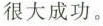
很大成功.